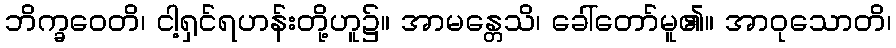
ဘိက္ခဝေတိ၊ ငါ့ရှင်ရဟန်းတို့ဟူ၌။ အာမန္တေသိ၊ ခေါ်တော်မူ၏။ အာဝုသောတိ၊